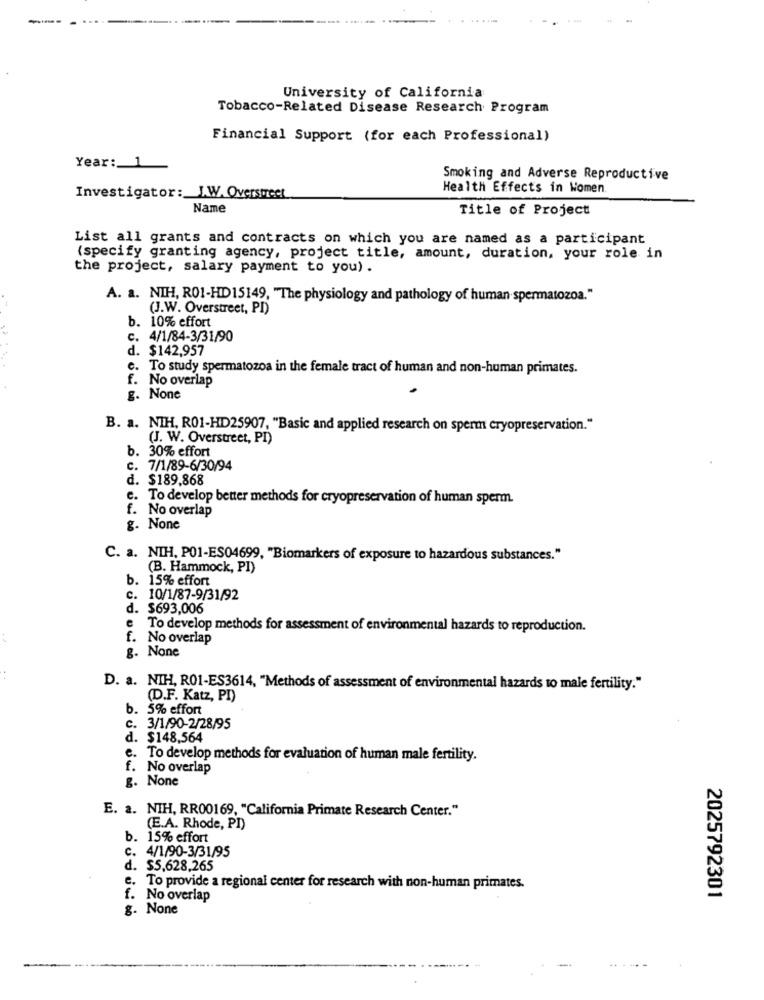
University of California
Tobacco-Related Disease Research Program
Financial Support (for each Professional)
Year: 1
Smoking and Adverse Reproductive
Health Effects in Women.
Investigator: J.W. Overstreet
Name
Title of Project
List all grants and contracts on which you are named as a participant
(specify granting agency, project title, amount, duration, your role in
the project, salary payment to you) .
A. a. NIH, RO1-HD15149, "The physiology and pathology of human spermatozoa."
(J.W. Overstreet, PI)
b. 10% effort
. 4/1/84-3/31/90
d. $142,957
e. To study spermatozoa in the female tract of human and non-human primates.
f. No overlap
g. None
B. a. NIH, R01-HD25907, "Basic and applied research on sperm cryopreservation."
(J. W. Overstreet, PI)
b. 30% effort
c. 7/1/89-6/30/94
d. $189,868
c. To develop better methods for cryopreservation of human sperm.
f. No overlap
g. None
C. a. NIH. PO1-ES04699, "Biomarkers of exposure to hazardous substances."
(B. Hammock, PI)
b. 15% effort
c. 10/1/87-9/31/92
d. $693,006
e To develop methods for assessment of environmental hazards to reproduction.
f. No overlap
g. None
D. a. NIH, R01-ES3614, "Methods of assessment of environmental hazards to male fertility."
(D.F. Katz, PI)
b. 5% effort
c. 3/1/90-2/28/95
d. $148,564
e. To develop methods for evaluation of human male fertility.
f. No overlap
g. None
E. a. NIH, RR00169, "California Primate Research Center."
(E.A. Rhode, PI)
b. 15% effort
. 4/1/90-3/31/95
d. $5,628,265
e. To provide a regional center for research with non-human primates.
f. No overlap
2025792301
g. None